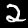
Digit: 2